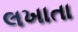
લખાતા